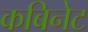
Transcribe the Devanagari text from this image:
कबिनेट